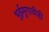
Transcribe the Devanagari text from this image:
भुईमुगाचीही